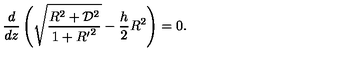
{ \frac { d } { d z } } \left( \sqrt { \frac { R ^ { 2 } + { \cal D } ^ { 2 } } { 1 + { R ^ { \prime } } ^ { 2 } } } - { \frac { h } { 2 } } R ^ { 2 } \right) = 0 .